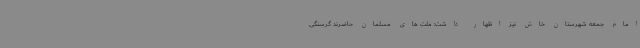
امام جمعه شهرستان خاش نیز اظهار داشت: ملت های مسلمان حاضرند گرسنگی